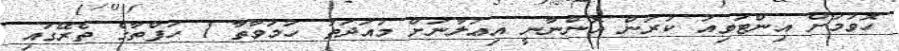
ހޮވުމަށް އިންޓަވިއު ކުރުން އޮންނާނީ އިޢުލާނަށް މުއަދަތު ހަމަވާތާ 1 ހަފްތާގެ ތެރޭގައި